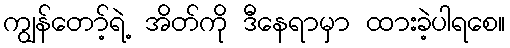
ကျွန်တော့်ရဲ့ အိတ်ကို ဒီနေရာမှာ ထားခဲ့ပါရစေ။